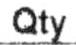
QTY